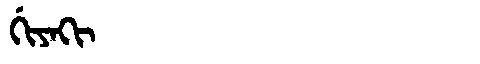
Manchu: ᡤᡳᠶᠠᡴᡳ
Romanization: GIYAKI